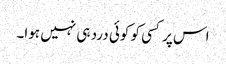
اس پر کسی کو کوئی درد ہی نہیں ہوا۔